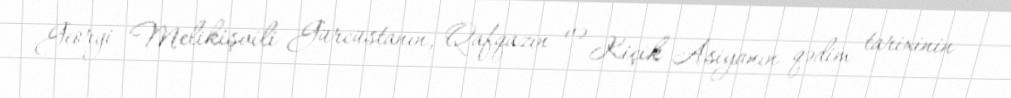
Georgi Melikişvili Gürcüstanın, Qafqazın və Kiçik Asiyanın qədim tarixinin